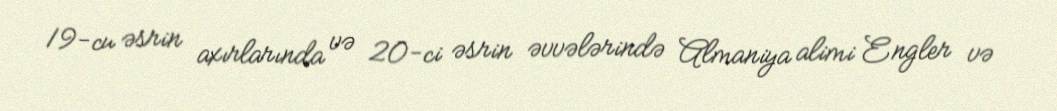
19-cu əsrin axırlarında və 20-ci əsrin əvvələrində Almaniya alimi Engler və